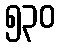
၅၃၀